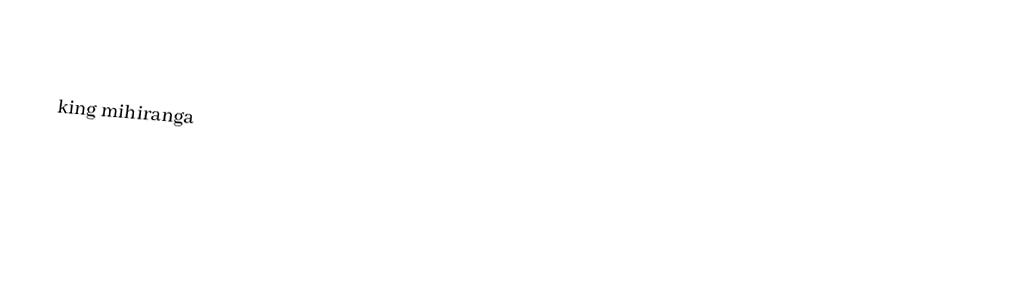

king mihiranga